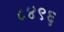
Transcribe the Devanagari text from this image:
८४९६